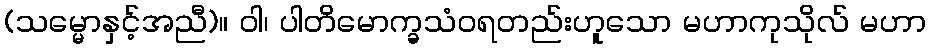
(သမ္မောနှင့်အညီ)။ ဝါ၊ ပါတိမောက္ခသံဝရတည်းဟူသော မဟာကုသိုလ် မဟာ